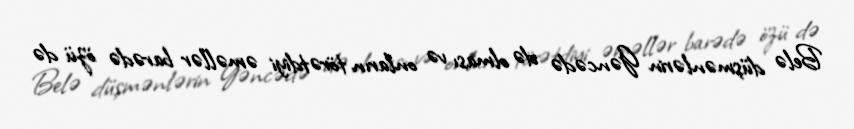
Belə düşmənlərin Gəncədə də olması və onların törətdiyi əməllər barədə özü də